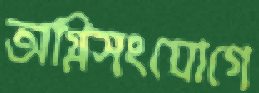
অগ্নিসংযোগে